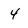
Character: 4